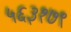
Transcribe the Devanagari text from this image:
५६३१७९